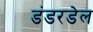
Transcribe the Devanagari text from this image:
डंडरडेल